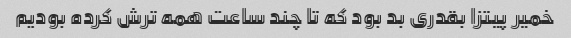
خمیر پیتزا بقدری بد بود که تا چند ساعت همه ترش کرده بودیم